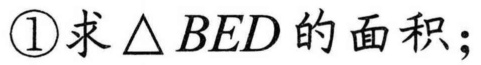
\textcircled{1}求$\triangle BED$的面积；